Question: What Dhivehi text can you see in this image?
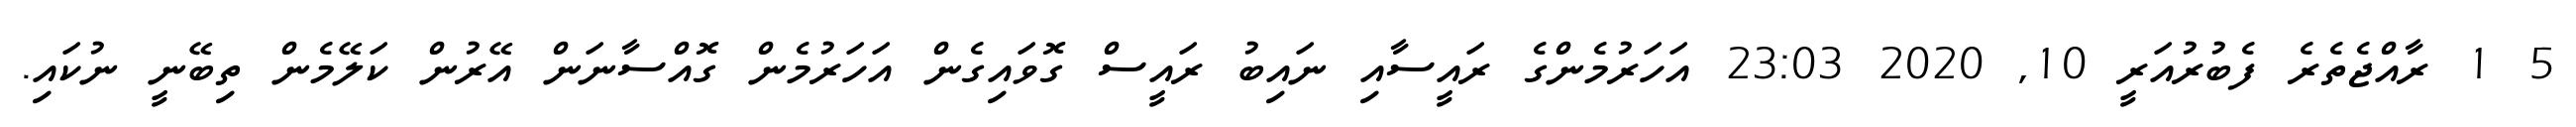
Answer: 5 1 ރާއްޖެތެރެ ފެބުރުއަރީ 10, 2020 23:03 އަހަރުމެންގެ ރައީސާއި ނައިބު ރައީސް ގޮވައިގެން އަހަރުމެން ގޮއްސާނަން އޭރުން ކަލޭމެން ތިބޭނީ ނުކައި.